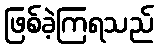
ဖြစ်ခဲ့ကြရသည်